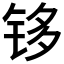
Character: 𰽹